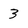
Character: 3